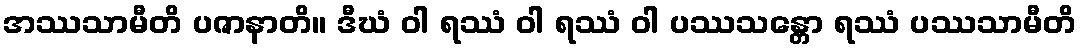
အဿသာမီတိ ပဇာနာတိ။ ဒီဃံ ဝါ ရဿံ ဝါ ရဿံ ဝါ ပဿသန္တော ရဿံ ပဿသာမီတိ